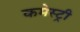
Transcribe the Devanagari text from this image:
कमेस्ट्री